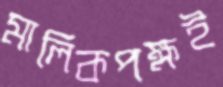
মালিকপক্ষই